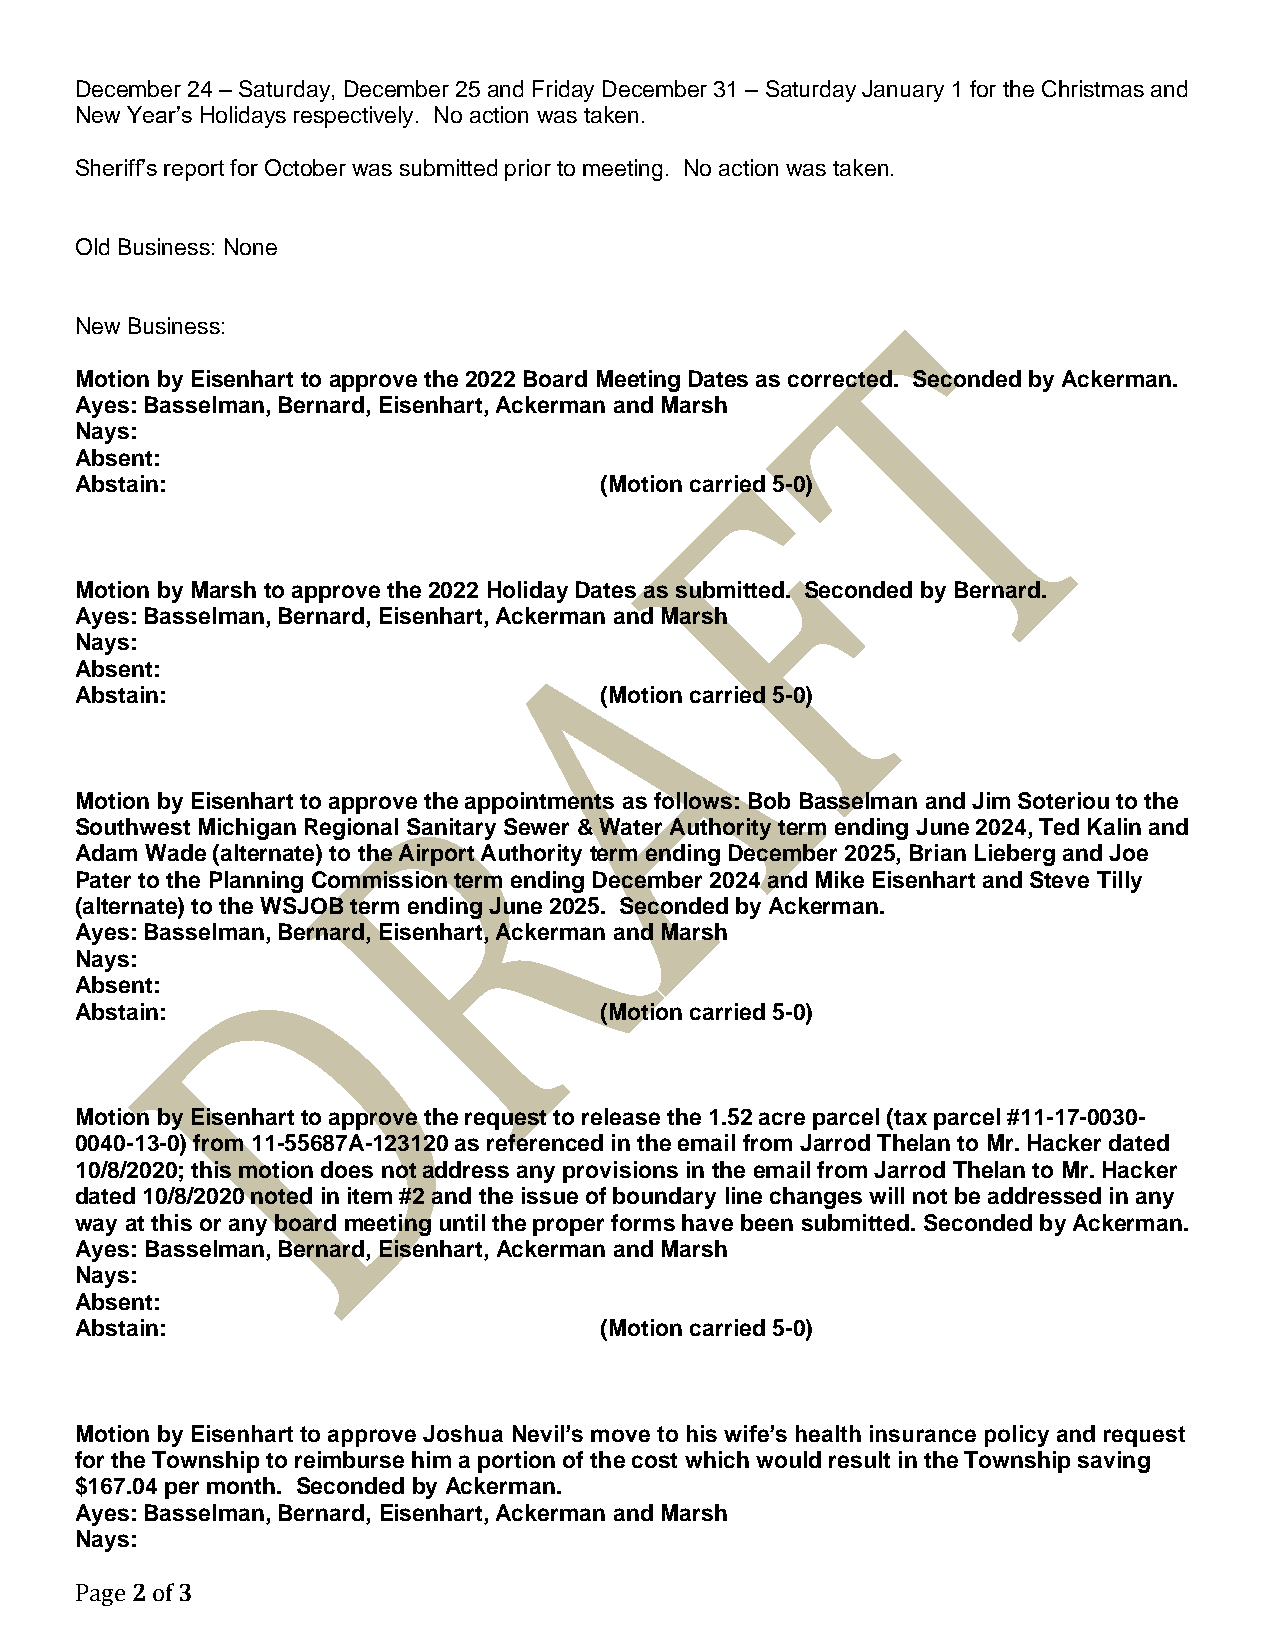
December 24 – Saturday, December 25 and Friday December 31 – Saturday January 1 for the Christmas and
 New Year’s Holidays respectively. No action was taken.
 Sheriff’s report for October was submitted prior to meeting. No action was taken.
 Old Business: None
 New Business:
 Motion by Eisenhart to approve the 2022 Board Meeting Dates as corrected. Seconded by Ackerman.
 Ayes: Basselman, Bernard, Eisenhart, Ackerman and Marsh
 Nays:
 Absent:
 Abstain:                           (Motion carried 5-0)
 Motion by Marsh to approve the 2022 Holiday Dates as submitted. Seconded by Bernard.
 Ayes: Basselman, Bernard, Eisenhart, Ackerman and Marsh
 Nays:
 Absent:
 Abstain:                           (Motion carried 5-0)
 Motion by Eisenhart to approve the appointments as follows: Bob Basselman and Jim Soteriou to the
 Southwest Michigan Regional Sanitary Sewer & Water Authority term ending June 2024, Ted Kalin and
 Adam Wade (alternate) to the Airport Authority term ending December 2025, Brian Lieberg and Joe
 Pater to the Planning Commission term ending December 2024 and Mike Eisenhart and Steve Tilly
 (alternate) to the WSJOB term ending June 2025. Seconded by Ackerman.
 Ayes: Basselman, Bernard, Eisenhart, Ackerman and Marsh
 Nays:
 Absent:
 Abstain:                           (Motion carried 5-0)
 Motion by Eisenhart to approve the request to release the 1.52 acre parcel (tax parcel #11-17-0030-
 0040-13-0) from 11-55687A-123120 as referenced in the email from Jarrod Thelan to Mr. Hacker dated
 10/8/2020; this motion does not address any provisions in the email from Jarrod Thelan to Mr. Hacker
 dated 10/8/2020 noted in item #2 and the issue of boundary line changes will not be addressed in any
 way at this or any board meeting until the proper forms have been submitted. Seconded by Ackerman.
 Ayes: Basselman, Bernard, Eisenhart, Ackerman and Marsh
 Nays:
 Absent:
 Abstain:                           (Motion carried 5-0)
 Motion by Eisenhart to approve Joshua Nevil’s move to his wife’s health insurance policy and request
 for the Township to reimburse him a portion of the cost which would result in the Township saving
 $167.04 per month. Seconded by Ackerman.
 Ayes: Basselman, Bernard, Eisenhart, Ackerman and Marsh
 Nays:
 Page 2 of 3